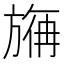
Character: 𰕮